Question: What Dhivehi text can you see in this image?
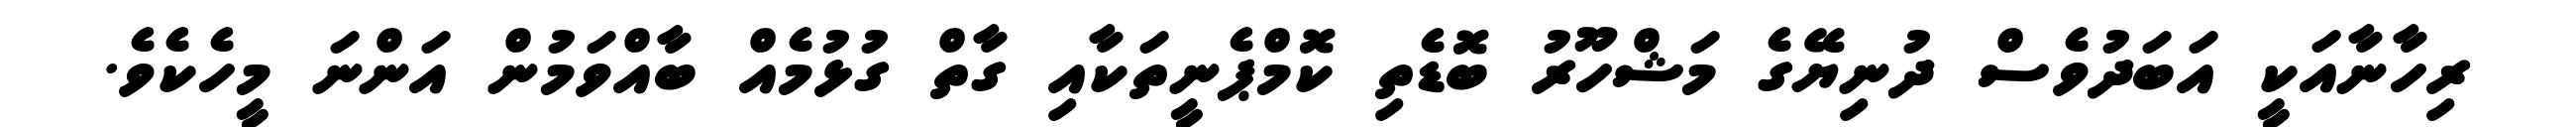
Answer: ރިހާނާއަކީ އަބަދުވެސް ދުނިޔޭގެ މަޝްހޫރު ބޮޑެތި ކޮމްޕެނީތަކާއި ގާތް ގުޅުމެއް ބާއްވަމުން އަންނަ މީހެކެވެ.